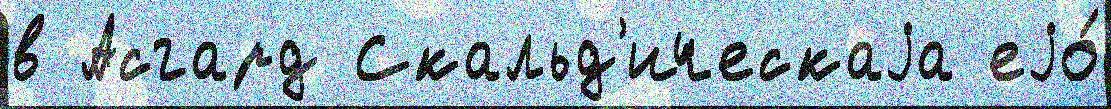
в Асгард Скальд'ическаjа еjо́